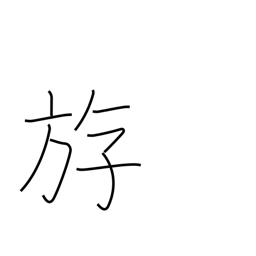
Meaning: to swim